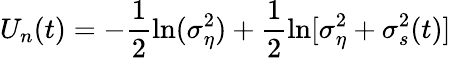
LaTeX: U_{n}(t)=-\frac{1}{2}\ln(\sigma_{\eta}^{2})+\frac{1}{2}\ln[\sigma_{\eta}^{2}+\sigma_{s}^{2}(t)]